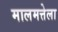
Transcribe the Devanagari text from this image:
मालमत्तेला